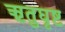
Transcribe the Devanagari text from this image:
ऋतुघृष्ट